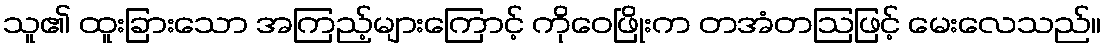
သူ၏ ထူးခြားသော အကြည့်များကြောင့် ကိုဝေဖြိုးက တအံတဩဖြင့် မေးလေသည်။